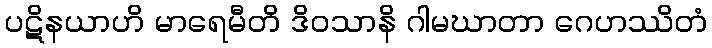
ပဋိနယာဟိ မာရေမီတိ ဒိဝသာနိ ဂါမဃာတာ ဂေဟဿိတံ